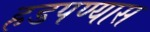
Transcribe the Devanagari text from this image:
हडपण्यास